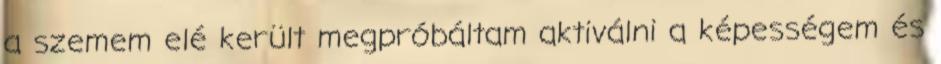
a szemem elé került megpróbáltam aktiválni a képességem és